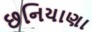
છનિયાણા